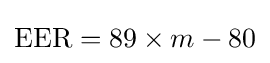
{\text{EER}}=89\times m-80